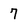
Character: 7